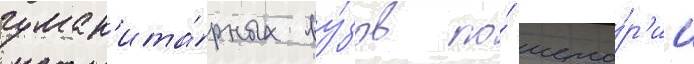
гуман'ита́рных ву́зов по́ исто́р'ии